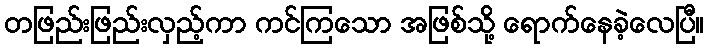
တဖြည်းဖြည်းလှည့်ကာ ကင်ကြသော အဖြစ်သို့ ရောက်နေခဲ့လေပြီ။